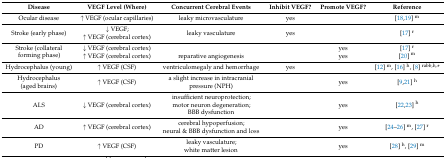
| Disease | VEGF Level (Where) | Concurrent Cerebral Events | Inhibit VEGF? | Promote VEGF? | Reference |
 | --- | --- | --- | --- | --- | --- |
 | Ocular disease | ↑ VEGF (ocular capillaries) | leaky microvasculature | yes |  | [18,19] m |
 | Stroke (early phase) | ↓ VEGF; ↑ VEGF (cerebral cortex) | leaky vasculature | yes |  | [17] r |
 | <ROWSPAN=2> Stroke (collateral forming phase) | ↓ VEGF (cerebral cortex) |  |  | yes | [17] r |
 | ↑ VEGF (cerebral cortex) | reparative angiogenesis |  | yes | [20] m |
 | Hydrocephalus (young) | ↑ VEGF (CSF) | ventriculomegaly and hemorrhage | yes |  | [12] m, [16] h, [8] rabb,h,* |
 | Hydrocephalus (aged brains) | ↑ VEGF (CSF) | a slight increase in intracranial pressure (NPH) |  | yes | [9,21] h |
 | ALS | ↓ VEGF (cerebral cortex) | insufficient neuroprotection;motor neuron degeneration;BBB dysfunction |  | yes | [22,23] h |
 | AD | ↑ VEGF (cerebral cortex) | cerebral hypoperfusion;neural & BBB dysfunction and loss |  | yes | [24,25,26] m, [27] r |
 | PD | ↑ VEGF (CSF) | leaky vasculature;white matter lesion |  | yes | [28] h, [29] m |